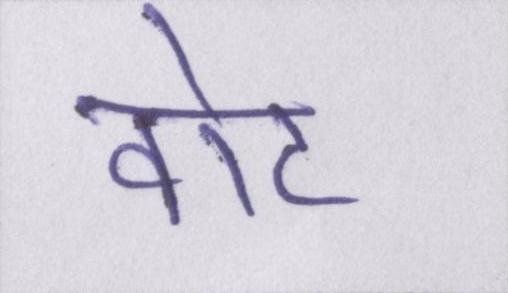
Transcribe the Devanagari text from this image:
वोट